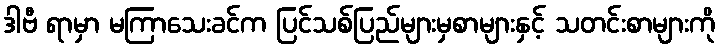
ဒါဗီ ရာမှာ မကြာသေးခင်က ပြင်သစ်ပြည်များမှစာများနှင့် သတင်းစာများကို